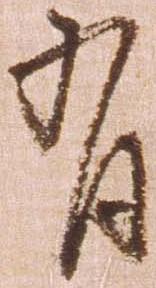
有